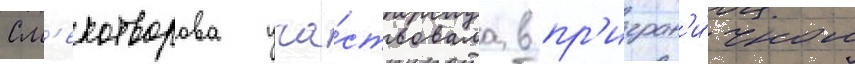
См'ехотворова уча́ствовала в пр'игран'и́чном